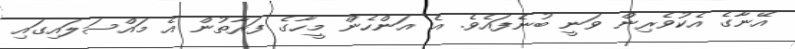
އޭނާގެ އެކުވެރިން ވަނީ ބުނެފައެވެ. އެ އަންހެން މީހާގެ ފަރާތުން އެ މައްސަލައިގައި